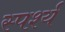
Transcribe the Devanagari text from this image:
स्पर्श्य